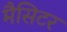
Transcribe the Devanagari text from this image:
मैसिटर